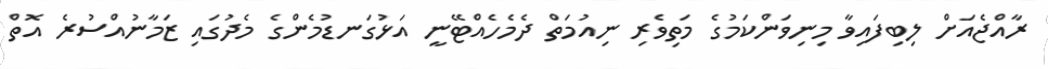
ރާއްޖެއަށް ލިބިފައިވާ މިނިވަންކަމުގެ މަތިވެރި ނިއުމަތް ދެމެހެއްޓޭނީ އަޅުގަނޑުމެންގެ މެދުގައި ޒަމާނުއްސުރެ އޮތް